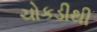
ચોકડીથી